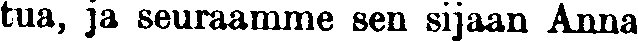
tua, ja seuraamme sen sijaan Anna